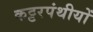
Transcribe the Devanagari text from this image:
कट्टरपंथीयों